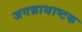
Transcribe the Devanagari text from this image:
जगन्नाथाष्टक